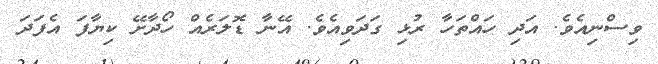
ވިސްނިއެވެ. އަދި ހައްތަހާ ރުޅި ގަދަވިއެވެ. އޭނާ ޑޮލަރެއް ހޯދާށޭ ކިޔާފަ އެފަދަ